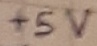
Text: +5V